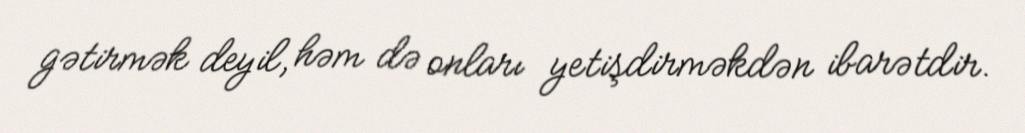
gətirmək deyil, həm də onları yetişdirməkdən ibarətdir.